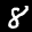
Label: 8